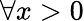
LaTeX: \forall x>0